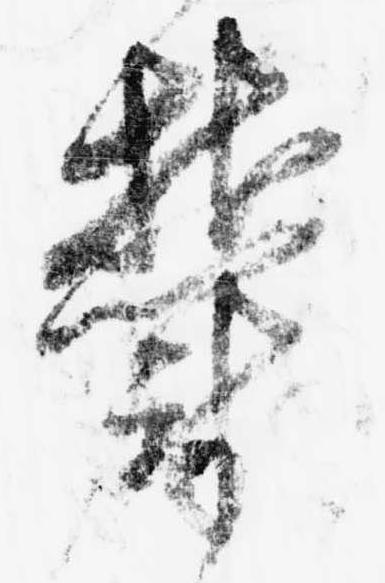
鬱